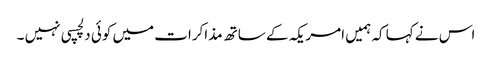
اس نے کہا کہ ہمیں امریکہ کے ساتھ مذاکرات میں کوئی دلچسپی نہیں ۔